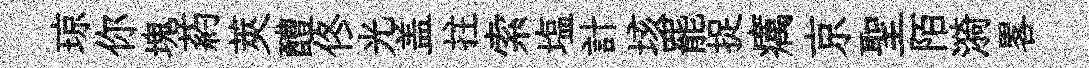
琼你塊葯莢醴佟光盖拄索塩計垓罷捉癘京聖陌漪畧